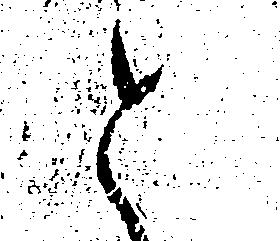
と